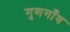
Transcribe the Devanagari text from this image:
गुणगाँव